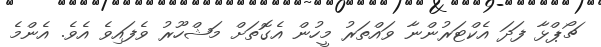
ޗޯޕްޅާ ފަދަ އެކްޓަރުންނާ ވައްތަރު މީހުން އެގޮތަށް މަޝްހޫރު ވެފައިވެ އެވެ. އެންމެ